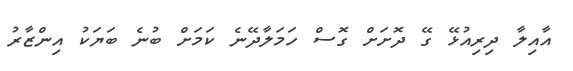
އާއިލާ ދިރިއުޅޭ ގޭ ދޮށަށް ގޮސް ހަމަލާދޭނެ ކަމަށް ބުނެ ބަޔަކު އިންޒާރު